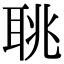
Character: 聎